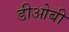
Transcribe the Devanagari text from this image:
डीओबी